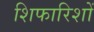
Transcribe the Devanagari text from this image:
शिफारिशों